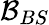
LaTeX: \mathcal{B}_{BS}